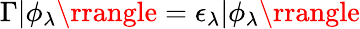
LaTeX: \Gamma|\phi_{\lambda}\rrangle=\epsilon_{\lambda}|\phi_{\lambda}\rrangle